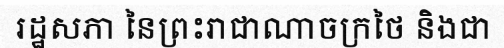
រដ្ឋសភា នៃព្រះរាជាណាចក្រថៃ និងជា